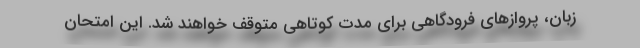
زبان، پروازهای فرودگاهی برای مدت کوتاهی متوقف خواهند شد. این امتحان